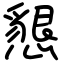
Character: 懇